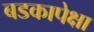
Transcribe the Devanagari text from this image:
बडकापेक्षा